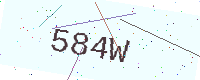
Text: 584W